Leaving Certificate Examination (including Day School Certificate (Higher) General paper), 1936
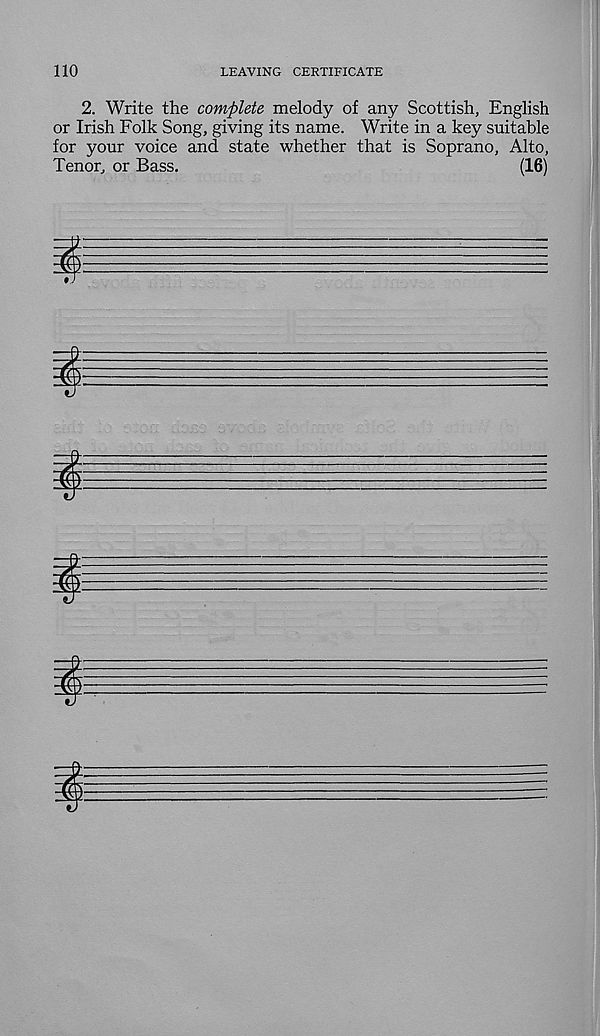
110
LEAVING CERTIFICATE
2. Write the complete melody of any Scottish, English
or Irish Folk Song, giving its name. Write in a key suitable
for your voice and state whether that is Soprano, Alto,
Tenor, or Bass.
(16)
i—
-
'
im
j"
-
^
j
^
I-
-